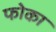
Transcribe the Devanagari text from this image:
फोका